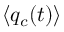
\langle q _ { c } ( t ) \rangle